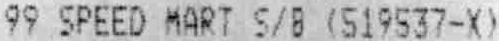
99 SPEED MART S/B (519537-X)